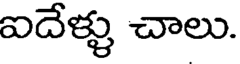
ఐదేళ్ళు చాలు.